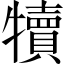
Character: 犢